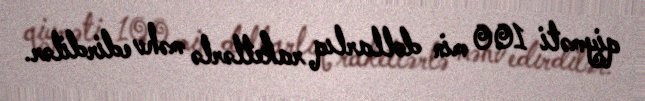
qiyməti 100 min dollarlıq raketlərlə məhv edirdilər.